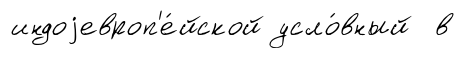
индоjевроп'е́йской усло́вный в